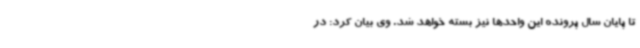
تا پایان سال پرونده این واحدها نیز بسته خواهد شد. وی بیان کرد: در